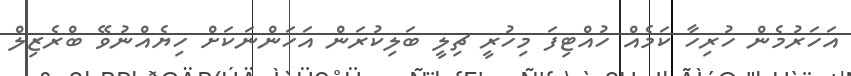
އަހަރުމެން ހުރިހާ ކަމެއް ހުއްޓިފަ މިހުރީ ޗިލީ ބަލިކުރަން އަހަންނަކަށް ހިޔެއްނުވޭ ބްރެޒިލް